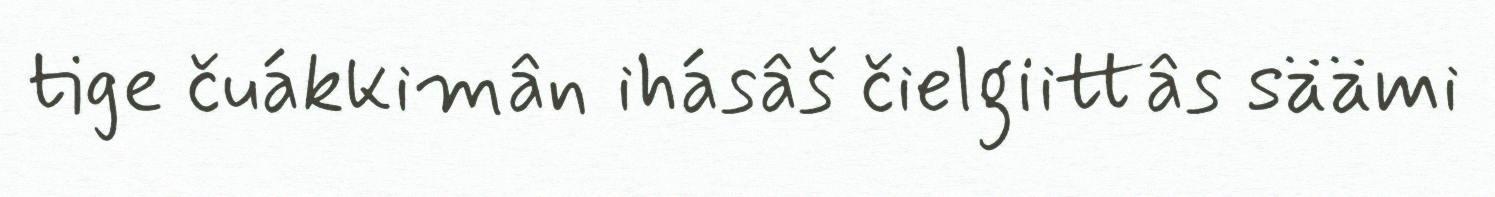
tige čuákkimân ihásâš čielgiittâs säämi